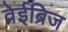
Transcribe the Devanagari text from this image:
वेईब्रिज